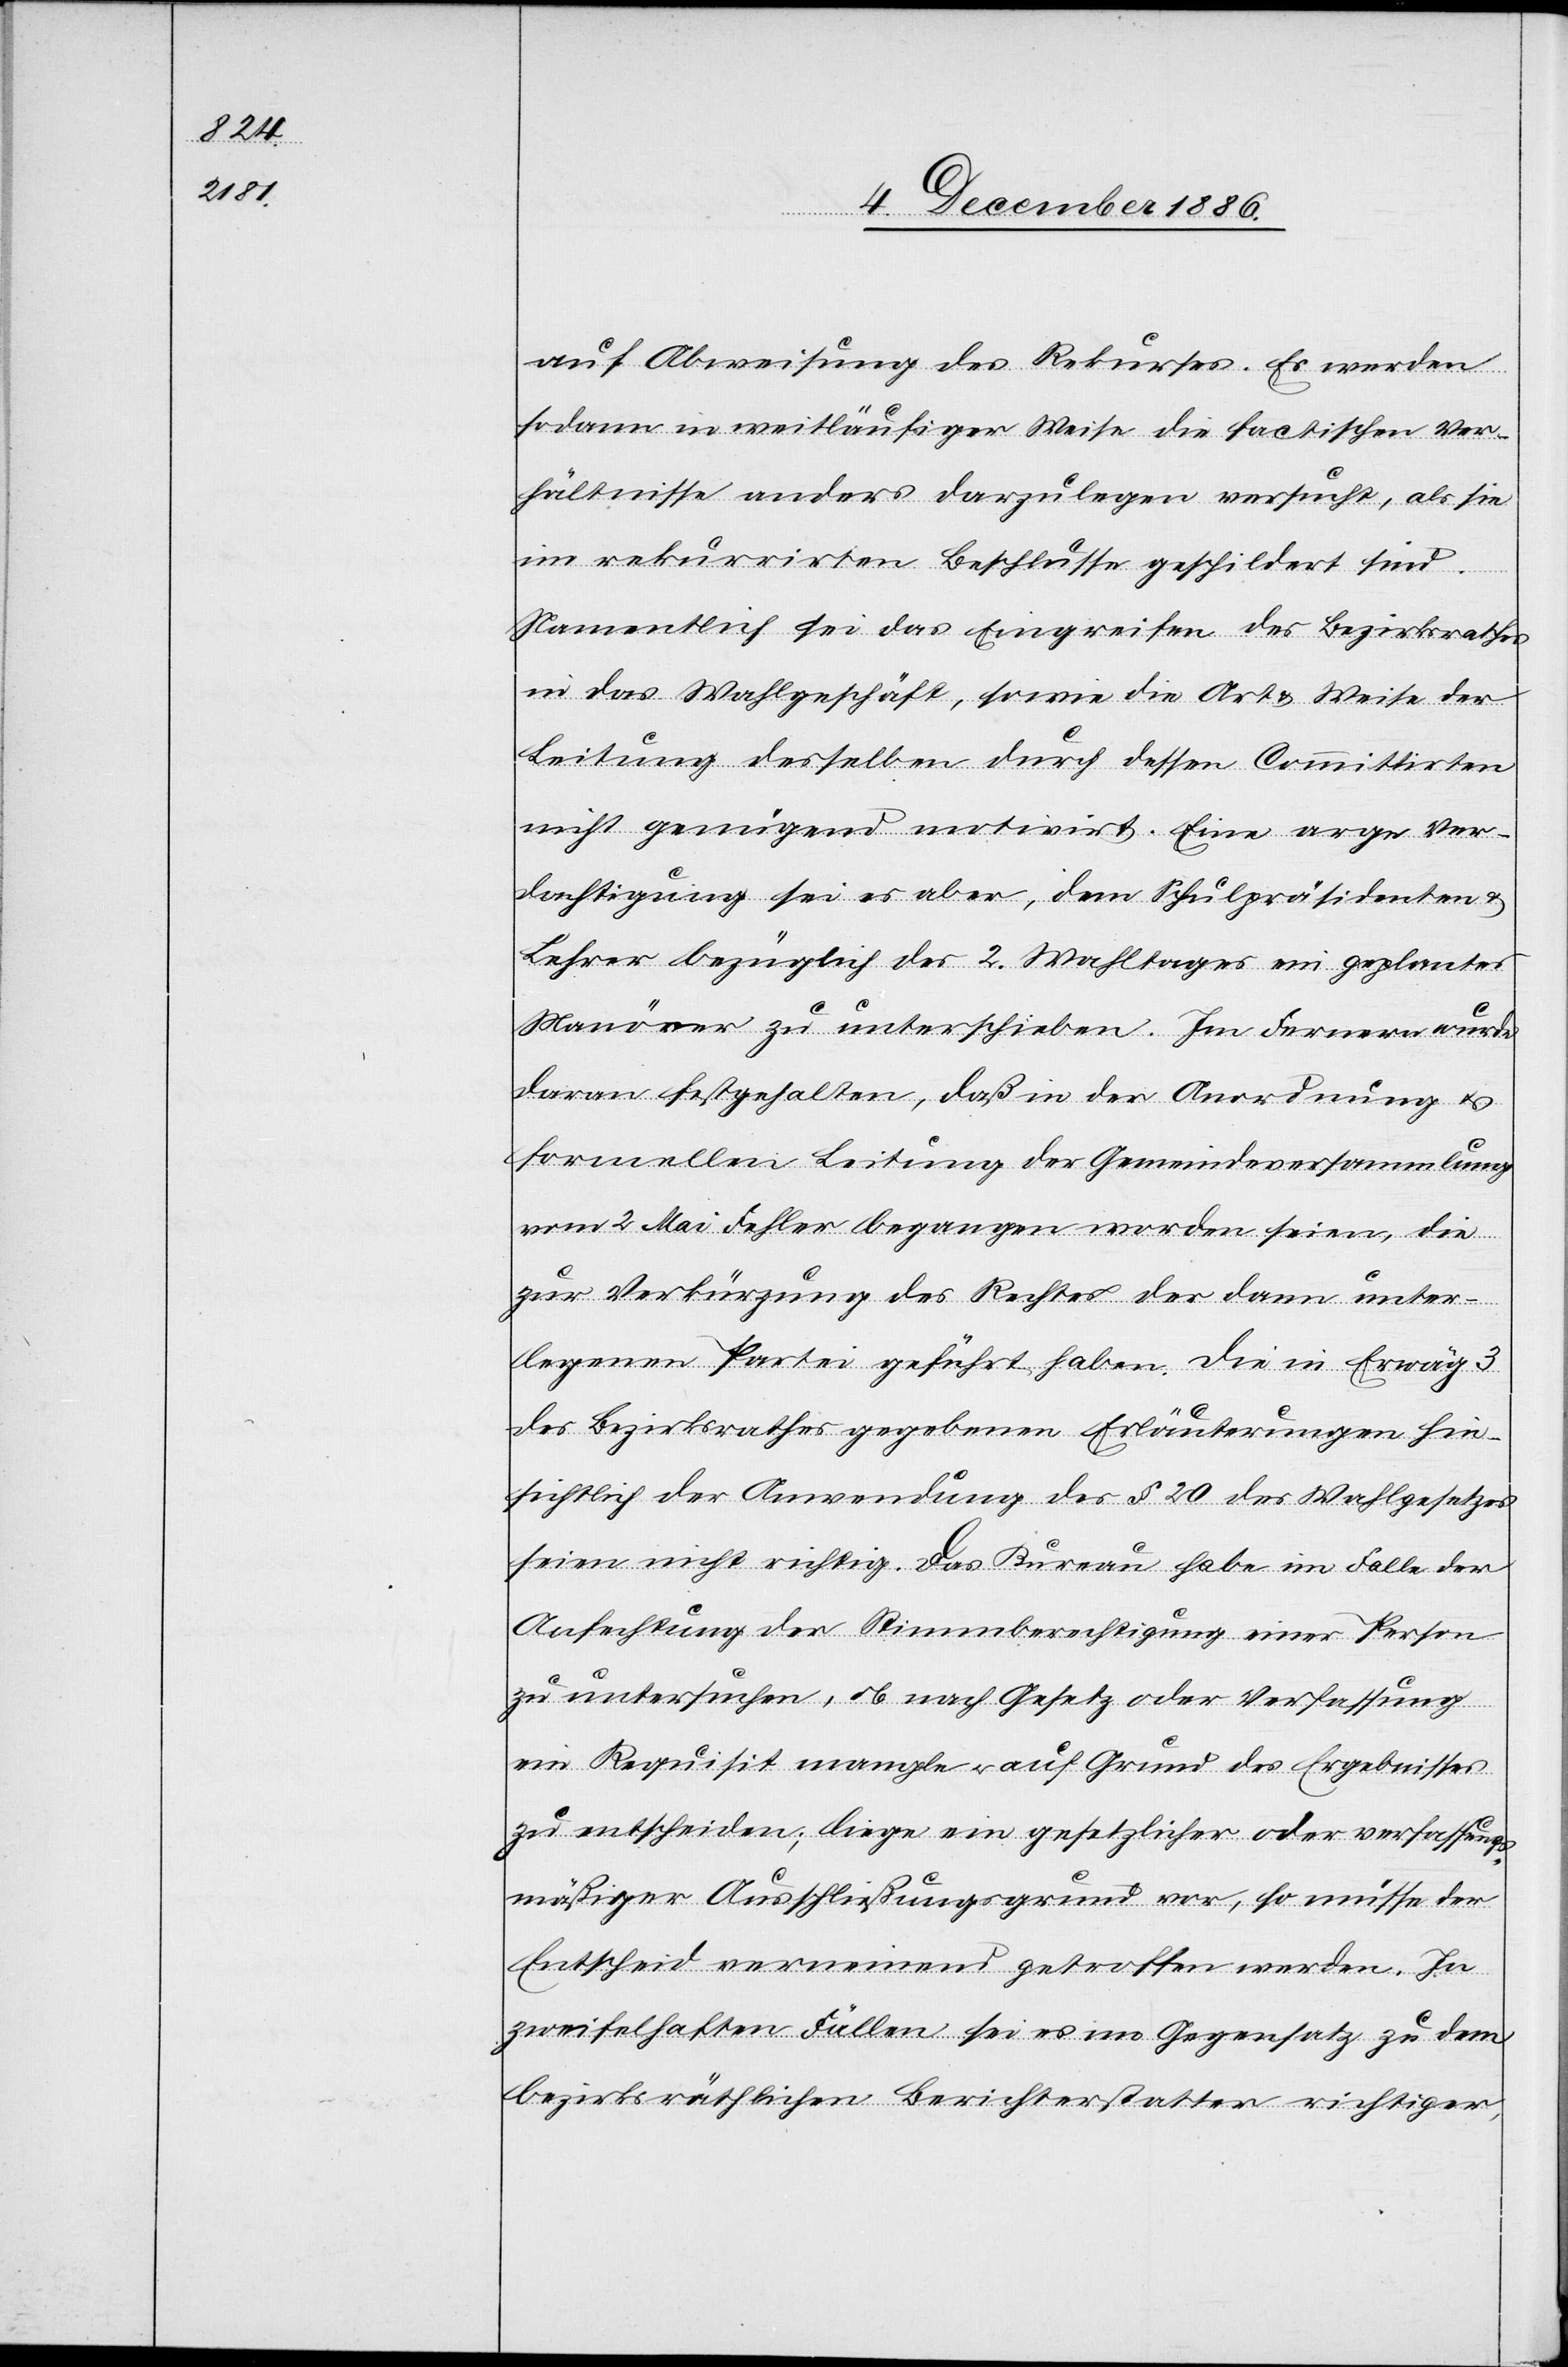
auf Abweisung des Rekurses. Es werden
sodann in weitläufiger Weise die factischen Ver¬
hältnisse anders darzulegen versucht, als sie
im rekurrirten Beschlusse geschildert sind.
Namentlich sei das Eingreifen des Bezirksrathes
in das Wahlgeschäft, sowie die Art & Weise der
Leitung desselben durch dessen Committirten
nicht genügend motivirt. Eine arge Ver¬
dachtigung [sic!] sei es aber, dem Schulpräsidenten &
Lehrer bezüglich des 2. Wahltages ein geplantes
Manöver zu unterschieben. Im Fernern wurde
daran festgehalten, daß in der Anordnung &
formellen Leitung der Gemeindeversammlung
vom 2. Mai Fehler begangen worden seien, die
zur Verkürzung des Rechtes der dann unter¬
legenen Partei geführt haben. Die in Erwäg[ung]
des Bezirksrathes gegebenen Erläuterungen hin¬
sichtlich der Anwendung des § 20 des Wahlgesetzes
seien nicht richtig. Das Bureau habe im Falle der
Anfechtung der Stimmberechtigung einer Person
zu untersuchen, ob nach Gesetz oder Verfassung
ein Requisit mangle & auf Grund des Ergebnisses
zu entscheiden; liege ein gesetzlicher oder verfassungs¬
mäßiger Ausschließungsgrund vor, so müsse der
Entscheid verneinend getroffen werden. In
zweifelhaften Fällen sei es im Gegensatz zu dem
bezirksräthlichen Berichterstatter richtiger,